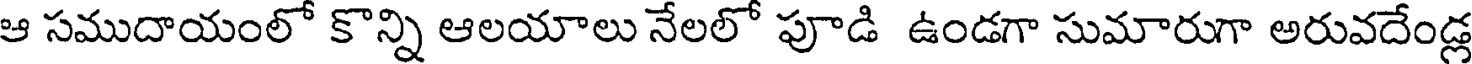
ఆ సముదాయంలో కొన్ని ఆలయాలు నేలలో పూడి ఉండగా సుమారుగా అరువదేండ్ల